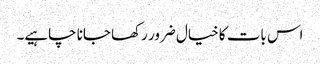
اس بات کا خیال ضرور رکھا جانا چاہیے۔